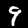
Label: 9